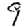
Digit: 9